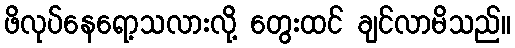
ဖိလုပ်နေရော့သလားလို့ တွေးထင် ချင်လာမိသည်။